Report on the administration of the Government Cinchona Department 1892-98
Year: 1892
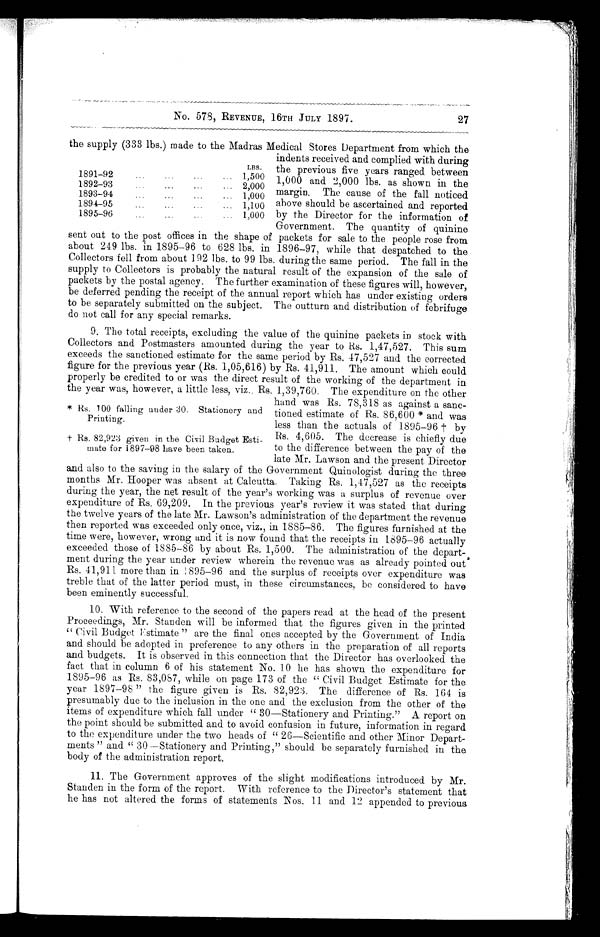
No. 578, REVENUE, 16TH JULY 1897. 27
the supply (333 lbs.) made to the Madras Medical Stores Department from which the
indents received and complied with during
the previous five years ranged between
1,000 and 2,000 lbs. as shown in the
margin. The cause of the fall noticed
above should be ascertained and reported
by the Director for the information of
Government. The quantity of quinine
sent out to the post offices in the shape of packets for sale to the people rose from
about 249 lbs. in 1895–96 to 628 lbs. in 1896–97, while that despatched to the
Collectors fell from. about 192 lbs. to 99 lbs. during the same period. The fall in the
supply to Collectors is probably the natural result of the expansion of the sale of
packets by the postal agency. The further examination of these figures will, however,
be deferred pending the receipt of the annual report which has under existing orders
to be separately submitted on the subject. The outturn and distribution of febrifuge
do not call for any special remarks.
9. The total receipts, excluding the value of the quinine packets in stock with
Collectors and Postmasters amounted during the year to Rs. 1,47,527. This sum
exceeds the sanctioned estimate for the same period by Rs. 47,527 and the corrected
figure for the previous year (Rs. 1,05,616) by Rs. 41,911. The amount which could
properly be credited to or was the direct result of the working of the department in
the year was, however, a little less, viz., Rs. 1,39,760. The expenditure on the other
hand was Rs. 78,318 as against a sanc-
tioned estimate of Rs. 86,600 * and was
less than the actuals of 1895–96† by
Rs. 4, 605. The decrease is chiefly d
ue to the difference between the pay of the
late Mr. Lawson and the present. Director
and also to the saving in the salary of the Government Quinologist during the three
months Mr. Hooper was absent at Calcutta. Taking Rs. 1,47,527 as the receipts
during the year, the net result of the year's working was a surplus of revenue over
expenditure of Rs. 69,209. In the previous year's review it was stated that during
the twelve years of the late Mr. Lawson's administration of the department the revenue
then reported was exceeded only once, viz., in 1885–86. The figures furnished at the
time were, however, wrong and it is now found that the receipts in 1895–96 actually
exceeded those of 1885–86 by about Rs. 1,500. The administration of the depart-
ment during the year under review wherein the revenue was as already pointed out
Rs. 41,911 more than in 1895-96 and the surplus of receipts over expenditure was
treble that of the latter period must, in these circumstances, be considered to have
been eminently successful.
* Rs. 100 falling under 30. Stationery and
Printing.
† Rs. 82,923 given in the Civil Budget Esti-
mate for 1897–98 have been taken.
10. With reference to the second of the papers read at the head of the present
Proceedings, Mr. Standen will be informed that the figures given in the printed
" Civil Budget Estimate " are the final ones accepted by the Government of India
and should be adopted in preference to any others in the preparation of all reports
and budgets. It is observed in this connection that the Director has overlooked the
fact that in column 6 of his statement No. 10 he has shown the expenditure for
1895-96 as Rs. 83,087, while on page 173 of the " Civil Budget Estimate for the
year 1897–98 " the figure given is Rs. 82,923. The difference of Rs. 164 is
presumably due to the inclusion in the one and the exclusion from the other of the
items of expenditure which fall under " 30—Stationery and Printing." A report on
the point should be submitted and to avoid confusion in future, information in regard
to the expenditure under the two heads of " 26—Scientific and other Minor Depart-
ments " and " 30—Stationery and Printing," should be separately furnished in the
body of the administration report.
11. The Government approves of the slight modifications introduced by Mr.
Standen in the form of the report. With reference to the Director's statement that
he has not altered the forms of statements Nos. 11 and 12 appended to previous
LBS.
1891–92
...
… …
… 1,500
1892–93
…
…
…
… 2,000
1893–94
…
…
…
… 1,000
1894–95
…
…
…
… 1,100
1895–96
…
…
…
… 1,000